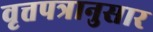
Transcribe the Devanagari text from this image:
वृत्तपत्रानुसार